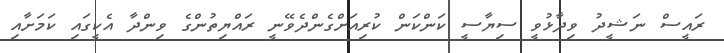
ރައީސް ނަޝީދު ވިދާޅުވީ ސިޔާސީ ކަންކަން ކުރިއަށްގެންދެވޭނީ ރައްޔިތުންގެ ވިންދާ އެކީގައި ކަމަށާއި